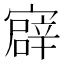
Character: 𫴎